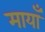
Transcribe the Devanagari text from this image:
मायाँ